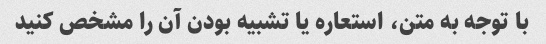
با توجه به متن، استعاره یا تشبیه بودن آن را مشخص کنید